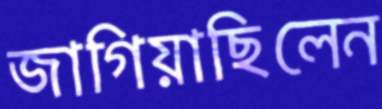
জাগিয়াছিলেন